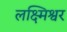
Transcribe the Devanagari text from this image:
लक्ष्मिश्वर